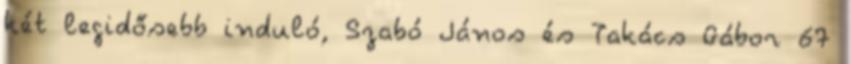
két legidősebb induló, Szabó János és Takács Gábor 67